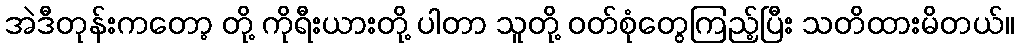
အဲဒီတုန်းကတော့ တို့ ကိုရီးယားတို့ ပါတာ သူတို့ ဝတ်စုံတွေကြည့်ပြီး သတိထားမိတယ်။